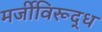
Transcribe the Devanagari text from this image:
मर्जीविरूद्ध